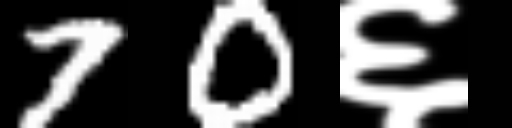
Text: 70६